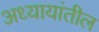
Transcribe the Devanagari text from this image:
अध्यायांतील